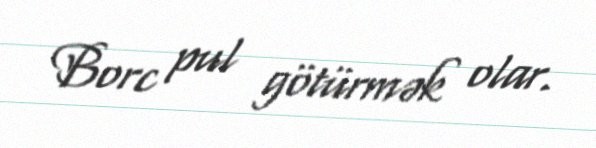
Borc pul götürmək olar.